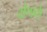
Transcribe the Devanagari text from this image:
येणके